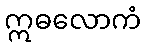
ဣဓလောကံ